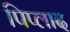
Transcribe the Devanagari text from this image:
पिप्लाद